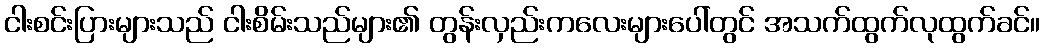
ငါးစင်းပြားများသည် ငါးစိမ်းသည်များ၏ တွန်းလှည်းကလေးများပေါ်တွင် အသက်ထွက်လုထွက်ခင်။